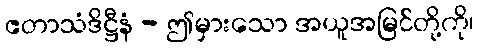
ဧတာသံဒိဋ္ဌီနံ - ဤမှားသော အယူအမြင်တို့ကို၊